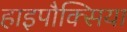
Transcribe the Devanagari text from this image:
हाइपौक्सिया